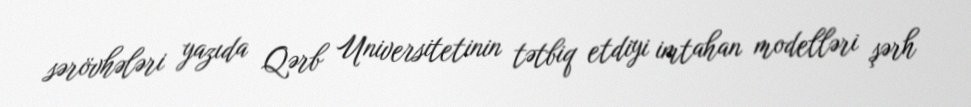
sərövhələri yazıda Qərb Universitetinin tətbiq etdiyi imtahan modelləri şərh